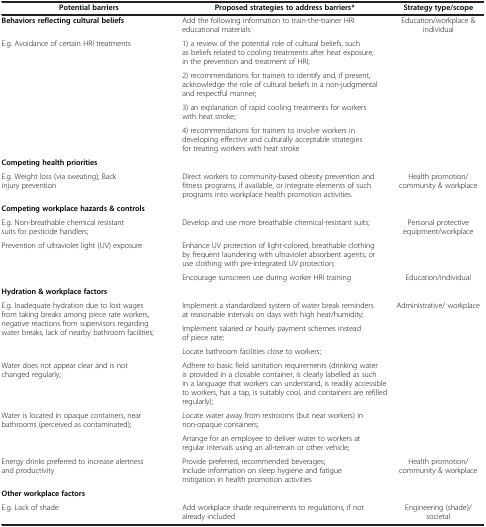
| Potential barriers | Proposed strategies to address barriers* | Strategy type/scope |
 | --- | --- | --- |
 | Behaviors reflecting cultural beliefs | Add the following information to train-the-trainer HRI educational materials: | <ROWSPAN=5> Education/workplace & individual |
 | <ROWSPAN=4> E.g. Avoidance of certain HRI treatments | 1) a review of the potential role of cultural beliefs, such as beliefs related to cooling treatments after heat exposure, in the prevention and treatment of HRI; |
 | 2) recommendations for trainers to identify and, if present, acknowledge the role of cultural beliefs in a non-judgmental and respectful manner; |
 | 3) an explanation of rapid cooling treatments for workers with heat stroke; |
 | 4) recommendations for trainers to involve workers in developing effective and culturally acceptable strategies for treating workers with heat stroke |
 | Competing health priorities |  |  |
 | E.g. Weight loss (via sweating); Back injury prevention | Direct workers to community-based obesity prevention and fitness programs, if available, or integrate elements of such programs into workplace health promotion activities. | Health promotion/ community & workplace |
 | Competing workplace hazards & controls |  |  |
 | E.g. Non-breathable chemical resistant suits for pesticide handlers; | Develop and use more breathable chemical-resistant suits; | Personal protective equipment/workplace |
 | <ROWSPAN=2> Prevention of ultraviolet light (UV) exposure | Enhance UV protection of light-colored, breathable clothing by frequent laundering with ultraviolet absorbent agents, or use clothing with pre-integrated UV protection; |  |
 | Encourage sunscreen use during worker HRI training | Education/individual |
 | Hydration & workplace factors |  |  |
 | <ROWSPAN=3> E.g. Inadequate hydration due to lost wages from taking breaks among piece rate workers, negative reactions from supervisors regarding water breaks, lack of nearby bathroom facilities; | Implement a standardized system of water break reminders at reasonable intervals on days with high heat/humidity; | <ROWSPAN=6> Administrative/ workplace |
 | Implement salaried or hourly payment schemes instead of piece rate; |
 | Locate bathroom facilities close to workers; |
 | Water does not appear clear and is not changed regularly; | Adhere to basic field sanitation requirements (drinking water is provided in a closable container, is clearly labelled as such in a language that workers can understand, is readily accessible to workers, has a tap, is suitably cool, and containers are refilled regularly); |
 | <ROWSPAN=2> Water is located in opaque containers, near bathrooms (perceived as contaminated); | Locate water away from restrooms (but near workers) in non-opaque containers; |
 | Arrange for an employee to deliver water to workers at regular intervals using an all-terrain or other vehicle; |
 | Energy drinks preferred to increase alertness and productivity | Provide preferred, recommended beverages; Include information on sleep hygiene and fatigue mitigation in health promotion activities | Health promotion/ community & workplace |
 | Other workplace factors |  |  |
 | E.g. Lack of shade | Add workplace shade requirements to regulations, if not already included | Engineering (shade)/ societal |